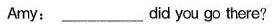
Amy: _______did you go there?